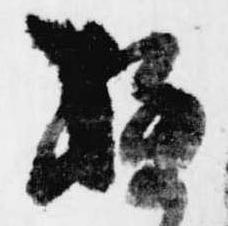
極